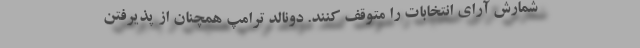
شمارش آرای انتخابات را متوقف کنند. دونالد ترامپ همچنان از پذیرفتن